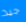
جيد